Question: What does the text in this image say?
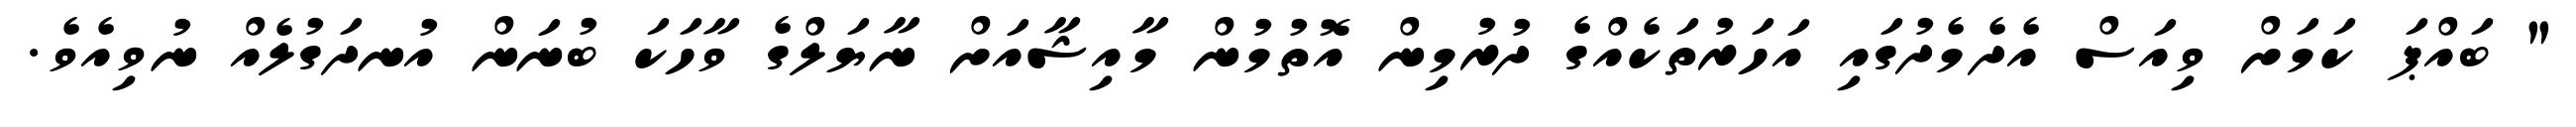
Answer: " ބައްޕަ ކަމަށް ވިއަސް އެދެމެދުގައި އަހަރުތަކެއްގެ ދުރުމިން އޮތުމުން މާއިޝާއަށް ނާޔަލްގެ ވާހަކަ ބުނަން އުނދަގުލެއް ނުވިއެވެ.